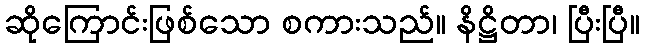
ဆိုကြောင်းဖြစ်သော စကားသည်။ နိဋ္ဌိတာ၊ ပြီးပြီ။